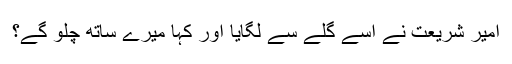
امیر شریعت نے اسے گلے سے لگایا اور کہا میرے ساتھ چلو گے؟